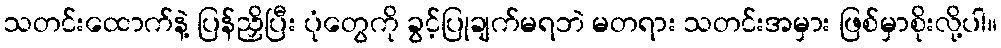
သတင်းထောက်နဲ့ ပြန်ညှိပြီး ပုံတွေကို ခွင့်ပြုချက်မရဘဲ မတရား သတင်းအမှား ဖြစ်မှာစိုးလို့ပါ။